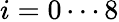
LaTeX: i=0\cdots 8